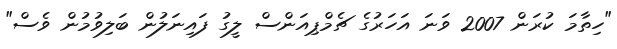
"ހިތާމަ ކުރަން 2007 ވަނަ އަހަރުގެ ޗެމްޕިއަންސް ލީގު ފައިނަލުން ބަލިވުމުން ވެސް"